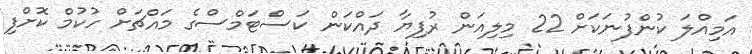
އަމިއްލަ ކުންފުނަކަށް 22 މިލިއަން ރުފިޔާ ދައްކަން ކަސްޓަމްސްގެ މައްޗަށް ހުކުމް ކޮށްފި